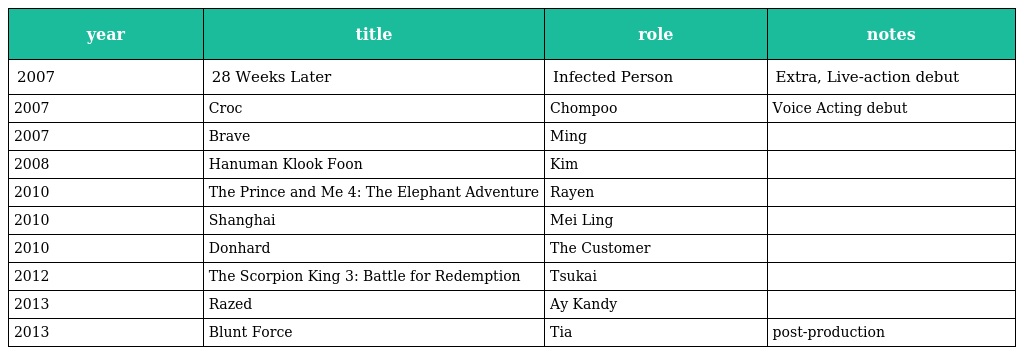
| year | title | role | notes |
 | --- | --- | --- | --- |
 | 2007 | 28 Weeks Later | Infected Person | Extra, Live-action debut |
 | 2007 | Croc | Chompoo | Voice Acting debut |
 | 2007 | Brave | Ming |  |
 | 2008 | Hanuman Klook Foon | Kim |  |
 | 2010 | The Prince and Me 4: The Elephant Adventure | Rayen |  |
 | 2010 | Shanghai | Mei Ling |  |
 | 2010 | Donhard | The Customer |  |
 | 2012 | The Scorpion King 3: Battle for Redemption | Tsukai |  |
 | 2013 | Razed | Ay Kandy |  |
 | 2013 | Blunt Force | Tia | post-production |